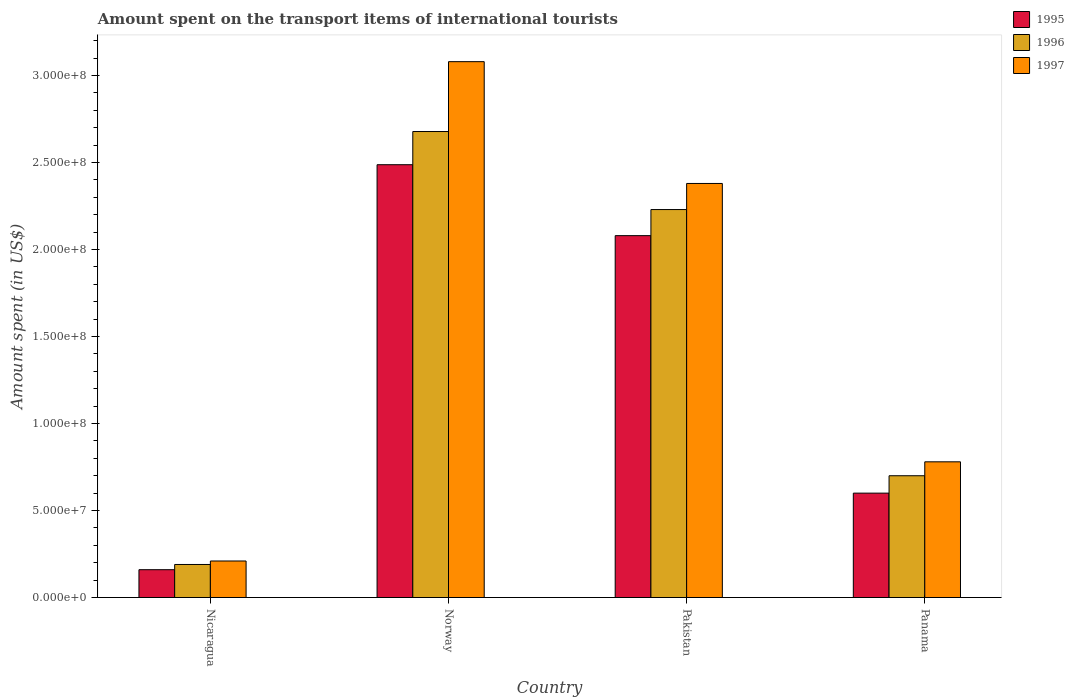
| Country | 1995 | 1996 | 1997 |
 | --- | --- | --- | --- |
 | Nicaragua | 1.6e+07 | 1.9e+07 | 2.1e+07 |
 | Norway | 2.49e+08 | 2.68e+08 | 3.08e+08 |
 | Pakistan | 2.08e+08 | 2.23e+08 | 2.38e+08 |
 | Panama | 6e+07 | 7e+07 | 7.8e+07 |